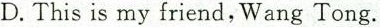
D.This is my friend,Wang Tong.